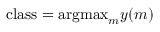
\mathrm { c l a s s } = \mathrm { a r g m a x } _ { m } y ( m )